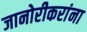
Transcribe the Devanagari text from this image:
जानोरीकरांना